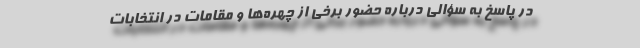
در پاسخ به سؤالی درباره حضور برخی از چهره‌ها و مقامات در انتخابات